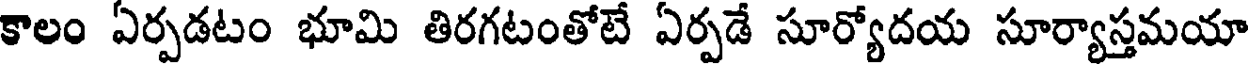
కాలం ఏర్పడటం భూమి తిరగటంతోటే ఏర్పడే సూర్యోదయ సూర్యాస్తమయా